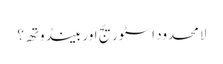
لامحدود اسٹوریج اور بینڈوتھ؟